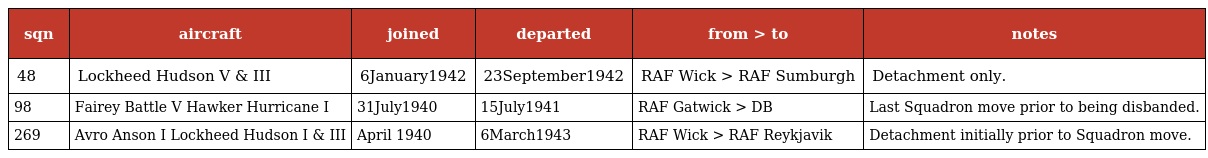
| sqn | aircraft | joined | departed | from > to | notes |
 | --- | --- | --- | --- | --- | --- |
 | 48 | Lockheed Hudson V & III | 6January1942 | 23September1942 | RAF Wick > RAF Sumburgh | Detachment only. |
 | 98 | Fairey Battle V Hawker Hurricane I | 31July1940 | 15July1941 | RAF Gatwick > DB | Last Squadron move prior to being disbanded. |
 | 269 | Avro Anson I Lockheed Hudson I & III | April 1940 | 6March1943 | RAF Wick > RAF Reykjavik | Detachment initially prior to Squadron move. |